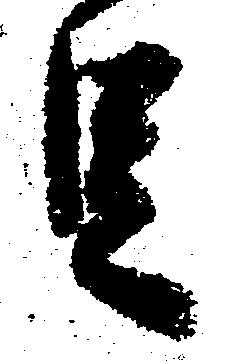
足